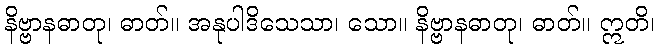
နိဗ္ဗာနဓာတု၊ ဓာတ်။ အနုပါဒိသေသာ၊ သော။ နိဗ္ဗာနဓာတု၊ ဓာတ်။ ဣတိ၊